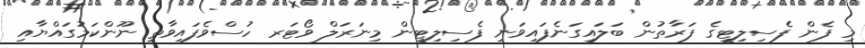
މި ފެން ފެސިލިޓީގެ ފަރާތުން ބަލައިގަނެފައިވަނީ ފެސިލިޓީން މިނަރަލް ވޯޓަރ ހުސްވެފައިވާތީ ނޫންކަމުގައްޔާއި